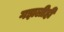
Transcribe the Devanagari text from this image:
गझलीही